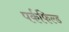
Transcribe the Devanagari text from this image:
पर्कफिल्ड